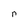
Character: n